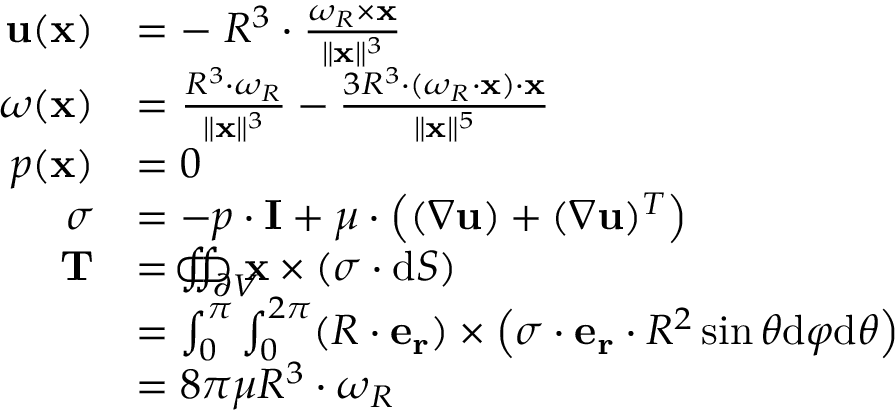
{ \begin{array} { r l } { \mathbf { u } ( \mathbf { x } ) } & { = - \; R ^ { 3 } \cdot { \frac { { \boldsymbol { \omega } } _ { R } \times \mathbf { x } } { \| \mathbf { x } \| ^ { 3 } } } } \\ { { \boldsymbol { \omega } } ( \mathbf { x } ) } & { = { \frac { R ^ { 3 } \cdot { \boldsymbol { \omega } } _ { R } } { \| \mathbf { x } \| ^ { 3 } } } - { \frac { 3 R ^ { 3 } \cdot ( { \boldsymbol { \omega } } _ { R } \cdot \mathbf { x } ) \cdot \mathbf { x } } { \| \mathbf { x } \| ^ { 5 } } } } \\ { p ( \mathbf { x } ) } & { = 0 } \\ { { \boldsymbol { \sigma } } } & { = - p \cdot \mathbf { I } + \mu \cdot \left( ( \nabla \mathbf { u } ) + ( \nabla \mathbf { u } ) ^ { T } \right) } \\ { \mathbf { T } } & { = \iint _ { \partial V } \! \! \! \! \! \! \! \! \! \! \! \! \! \! \subset \! \supset \mathbf { x } \times \left( { \boldsymbol { \sigma } } \cdot { \mathrm { d } } { \boldsymbol { S } } \right) } \\ & { = \int _ { 0 } ^ { \pi } \int _ { 0 } ^ { 2 \pi } ( R \cdot \mathbf { e _ { r } } ) \times \left( { \boldsymbol { \sigma } } \cdot \mathbf { e _ { r } } \cdot R ^ { 2 } \sin \theta { \mathrm { d } } \varphi { \mathrm { d } } \theta \right) } \\ & { = 8 \pi \mu R ^ { 3 } \cdot { \boldsymbol { \omega } } _ { R } } \end{array} }